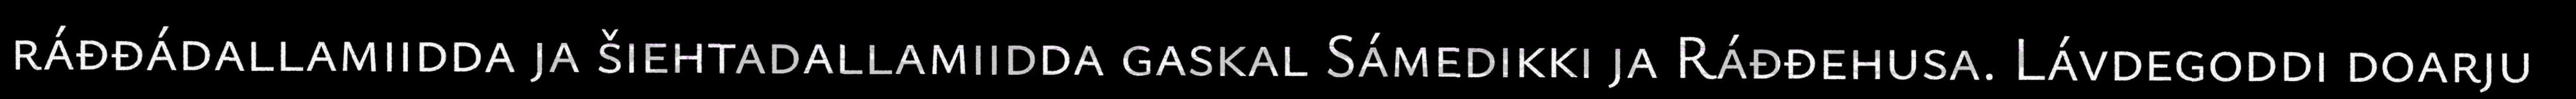
ráđđádallamiidda ja šiehtadallamiidda gaskal Sámedikki ja Ráđđehusa. Lávdegoddi doarju